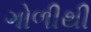
ગોળીથી